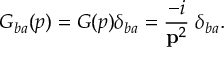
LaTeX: G _ { b a } ( p ) = G ( p ) \delta _ { b a } = \frac { - i } { { \bf p } ^ { 2 } } \; \delta _ { b a } .